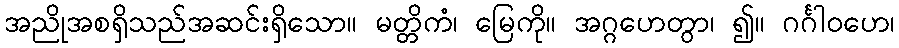
အညိုအစရှိသည်အဆင်းရှိသော။ မတ္တိကံ၊ မြေကို။ အဂ္ဂဟေတွာ၊ ၍။ ဂင်္ဂါဝဟေ၊